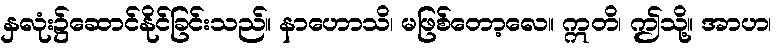
နှလုံး၌ဆောင်နိုင်ခြင်းသည်။ နာဟောသိ၊ မဖြစ်တော့လေ။ ဣတိ၊ ဤသို့။ အာဟ၊